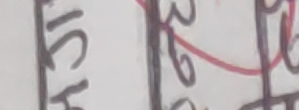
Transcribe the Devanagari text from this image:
ICH २९०